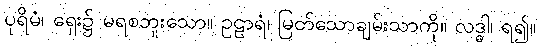
ပုရိမံ၊ ရှေး၌ မရစဘူးသော။ ဥဠာရံ၊ မြတ်သောချမ်းသာကို။ လဒ္ဓါ၊ ရ၍။